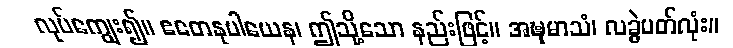
လုပ်ကျွေး၍။ ဧတေနုပါယေန၊ ဤသို့သော နည်းဖြင့်။ အဍ္ဎုမာသံ၊ လခွဲပတ်လုံး။